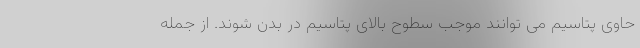
حاوی پتاسیم می توانند موجب سطوح بالای پتاسیم در بدن شوند. از جمله